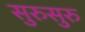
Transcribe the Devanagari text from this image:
सुरुसुरु